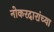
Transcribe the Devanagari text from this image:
नोकरदारांच्या